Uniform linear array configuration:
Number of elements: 16
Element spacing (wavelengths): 0.5
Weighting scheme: blackman
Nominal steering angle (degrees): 60
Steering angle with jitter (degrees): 60.419
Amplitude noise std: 0.05
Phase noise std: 0.05

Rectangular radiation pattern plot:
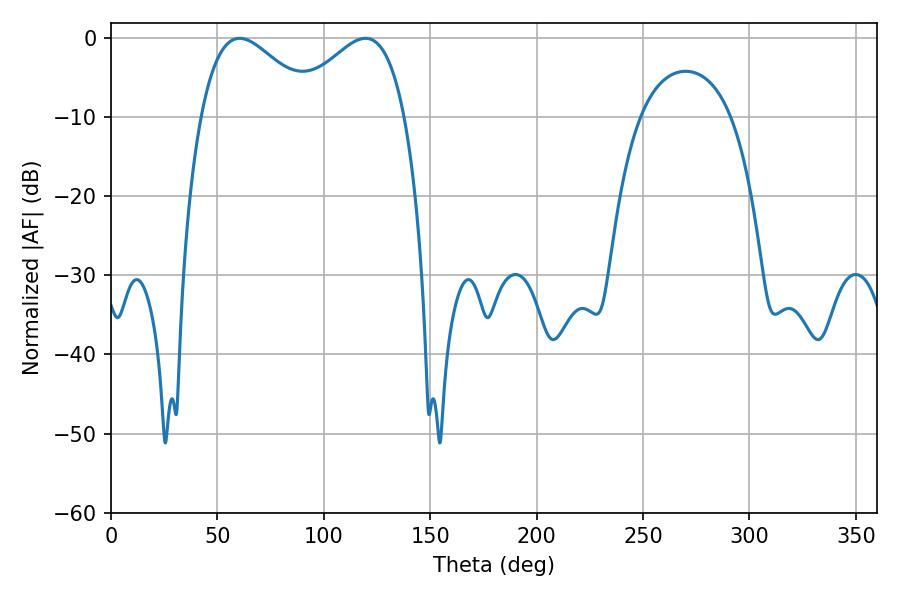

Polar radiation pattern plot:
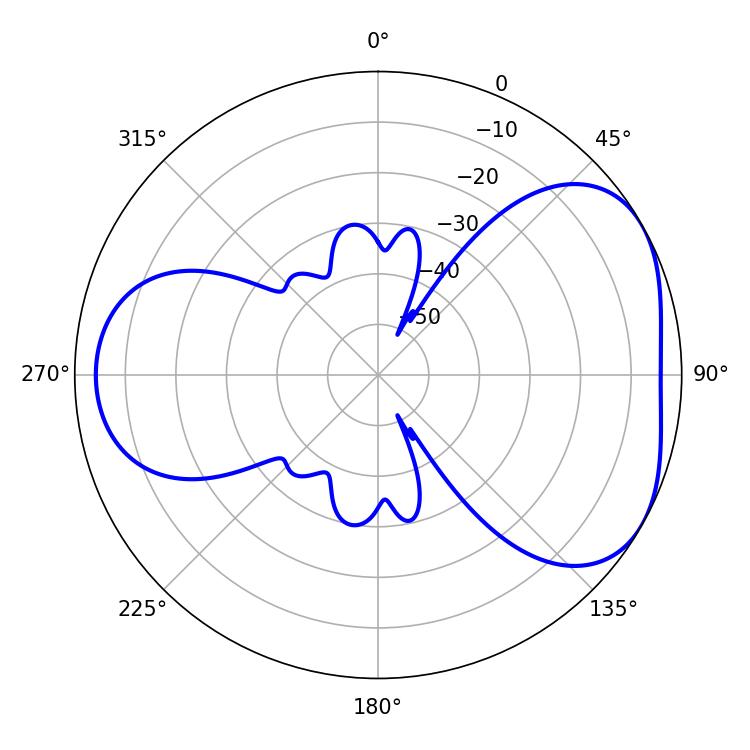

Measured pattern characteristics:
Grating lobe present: FALSE
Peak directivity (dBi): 4.411
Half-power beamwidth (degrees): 29.16
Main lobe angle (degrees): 60.48